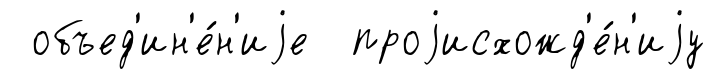
объед'ин'е́н'иjе проjисхожд'е́н'иjу